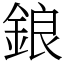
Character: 鋃